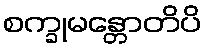
စက္ခုမန္တောတိပိ